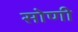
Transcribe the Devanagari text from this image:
सोणी